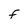
Character: f